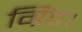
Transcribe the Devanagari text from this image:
ग्रिंट।